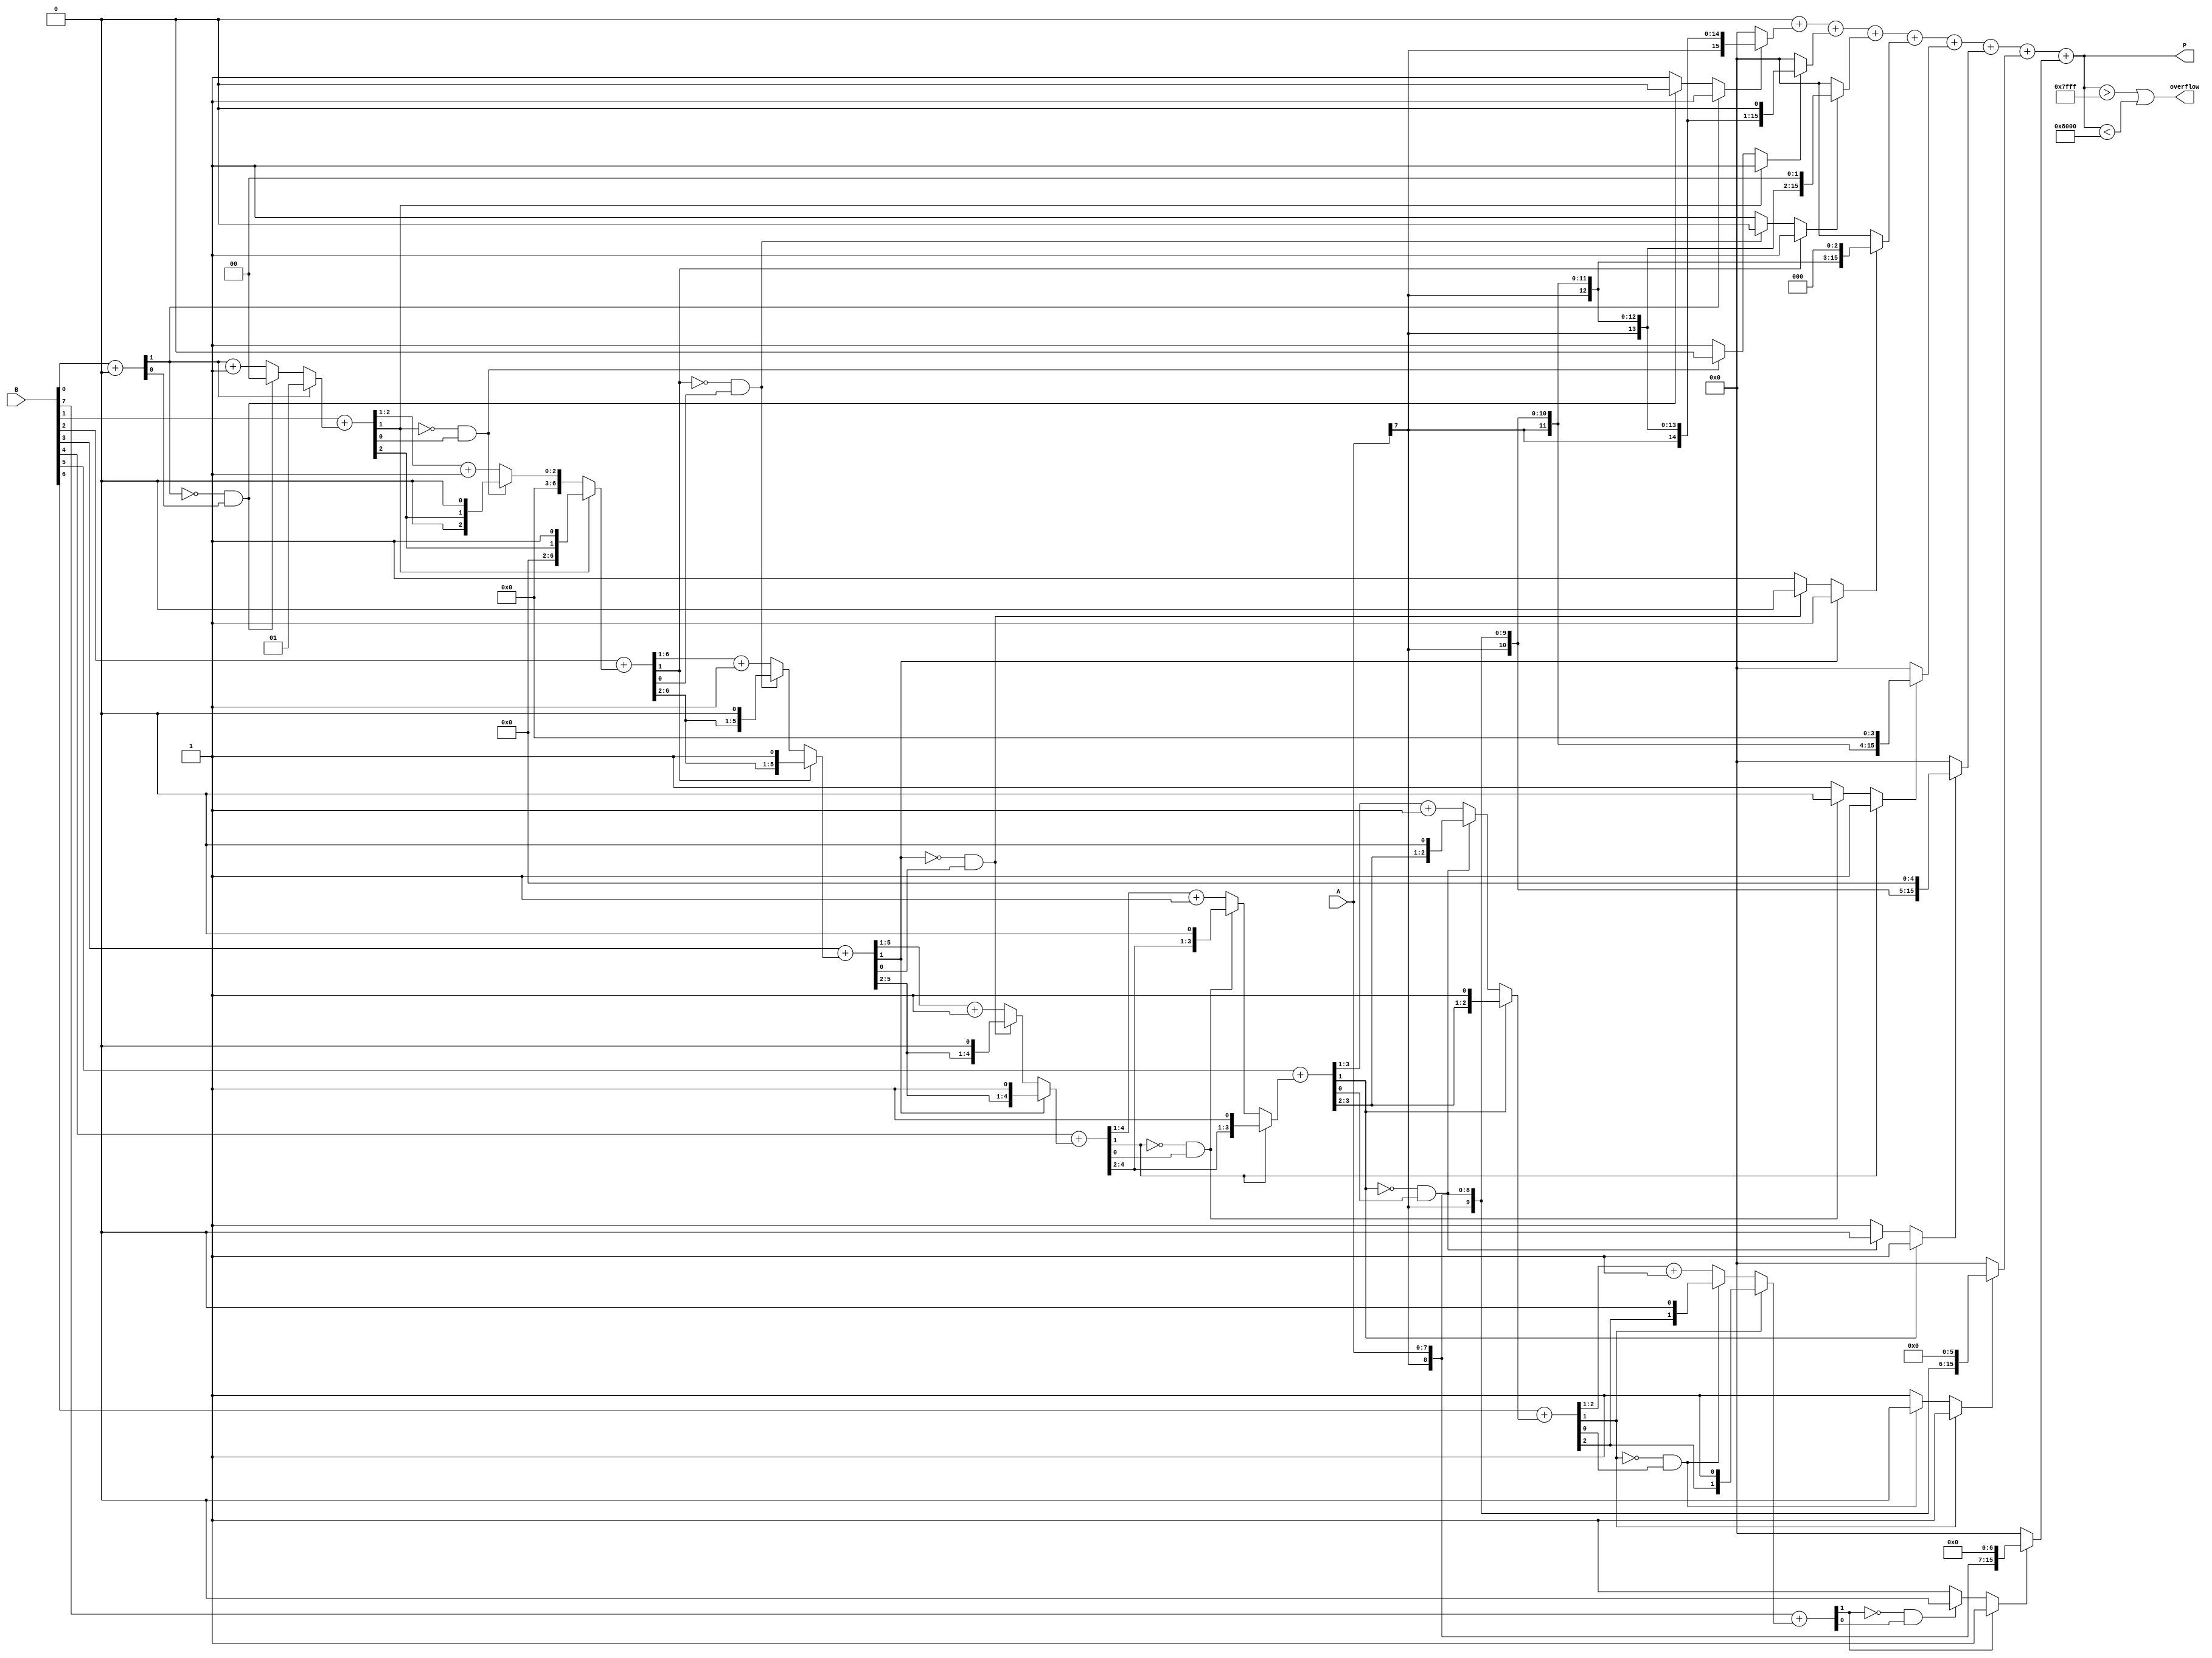
module csd_multiplier #(parameter N = 8, M = 8) (
    input signed [N-1:0] A,
    input signed [M-1:0] B,
    output reg signed [N+M-1:0] P,
    output reg overflow
);
    reg [M-1:0] csd_B;
    reg signed [N+M-1:0] partial_products[0:M-1];

    // Function to convert binary to CSD
    function [M-1:0] binary_to_csd(input signed [M-1:0] bin);
        integer i;
        reg [M:0] carry;
        begin
            carry = 0;
            for (i = 0; i < M; i = i + 1) begin
                carry = {1'b0, bin[i]} + carry;
                if (carry[1] == 1) begin
                    binary_to_csd[i] = 1; // +1
                    carry = carry >> 1;
                end else if (carry[1] == 0 && carry[0] == 1) begin
                    binary_to_csd[i] = 0; // 0
                    carry = carry >> 1;
                end else begin
                    binary_to_csd[i] = -1; // -1
                    carry = (carry >> 1) + 1;
                end
            end
        end
    endfunction

    // Generate CSD representation of B
    always @(*) begin
        csd_B = binary_to_csd(B);
    end

    // Generate partial products based on CSD representation
    integer j;
    always @(*) begin
        for (j = 0; j < M; j = j + 1) begin
            case (csd_B[j])
                1: partial_products[j] = A << j;      // +1 case
                -1: partial_products[j] = -A << j;     // -1 case
                default: partial_products[j] = 0;      // 0 case
            endcase
        end
    end

    // Accumulate partial products
    always @(*) begin
        P = 0;
        for (j = 0; j < M; j = j + 1) begin
            P = P + partial_products[j];
        end
    end

    // Overflow detection
    always @(*) begin
        overflow = (P > (2**(N+M-1) - 1)) || (P < -(2**(N+M-1)));
    end
endmodule